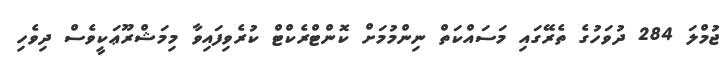
ޖުމްލަ 284 ދުވަހުގެ ތެރޭގައި މަސައްކަތް ނިންމުމަށް ކޮންޓްރެކްޓް ކުރެވިފައިވާ މިމަޝްރޫޢަކީވެސް ދިވެހި